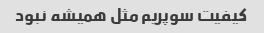
کیفیت سوپریم مثل همیشه نبود